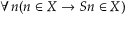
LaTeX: \forall n ( n \in X \rightarrow S n \in X )